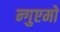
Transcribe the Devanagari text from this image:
न्गुएमो